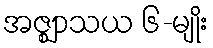
အဇ္ဈာသယ ၆-မျိုး